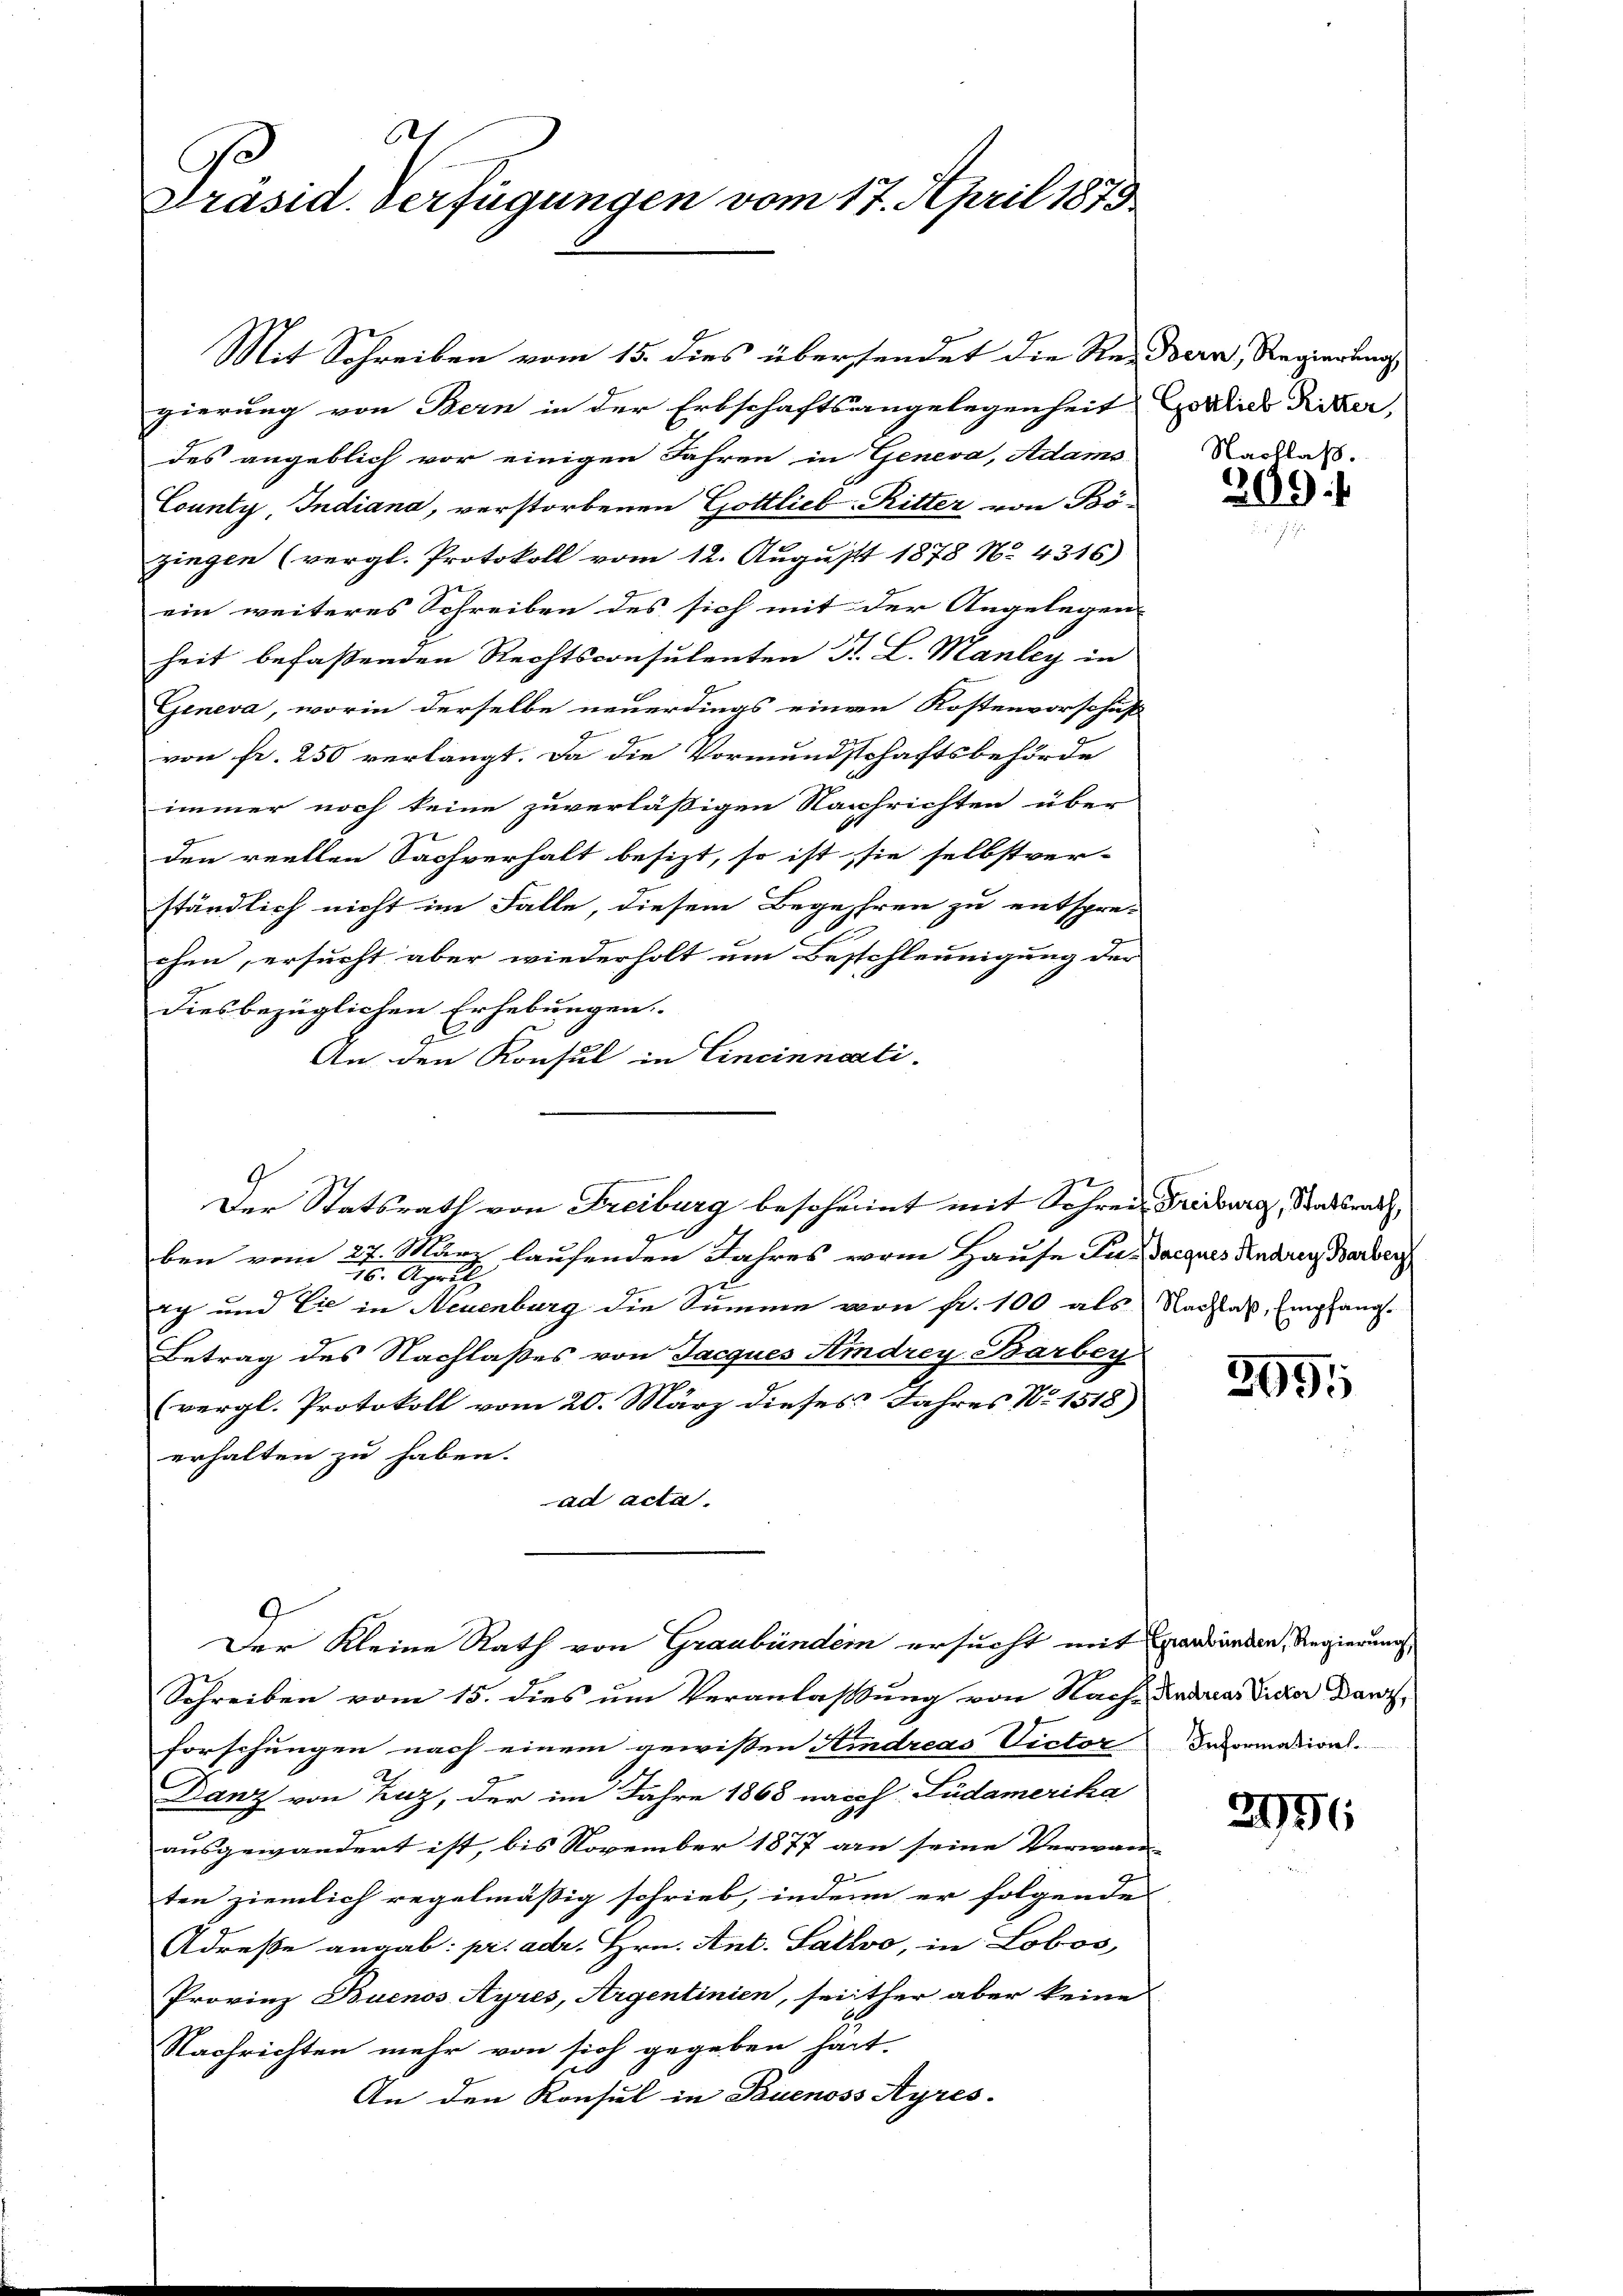
1
Ge
Präsid. Verfügungen vom 17. April 1873

Mit Schreiben vom 15. dies übersendet die Reisern, Regierungs
gierung von Bern in der Erbschaftsangelegenheit Gorlieb Riker,
des angeblich vor einigen Jahren in Geneva, Adams
County, Indiana, verstorbenen Gottlieb Ritter von Bö-
zingen (vergl. Protokoll vom 12. August 1878 No. 4316)
ein weiteres Schreiben des sich mit der Angelegen-
heit befaßenden Rechtsconsulenten J. L. Manley in
Geneva, worin derselbe neuerdings einen Kostenvorschuß
von fr. 250 verlangt. Da die Vormundschaftsbehörde
immer noch keine zuverläßigen Nachrichten über
den reellen Sachverhalt besizt, so ist sie selbstver-
ständlich nicht im Falle, diesem Begehren zu entspre-
chen, ersucht aber wiederholt um Beschleunigung der
dies bezüglichen Erhebungen.
An den Konsul in Cincinnati
ben vom 27. März laufenden Jahres vom Hause Pu. Jacques Andren Barbei
16. April
ag und Sie in Neuenburg die Summe von fr. 100 als Nachlaß, Empfang.
Betrag des Nachlaßes von Jacques Amdrey Barbey
(vergl. Protokoll vom 20. März dieses Jahres No. 1518)
erhalten zu haben.
ad acta.
Der Kleine Rath von Graubündem ersucht mit Marbunden, Regierungs
Schreiben vom 15. dies um Veranlaßung von Nach das das die Dars
forschungen nach einem gewissen Kindreas Victor Decormation.
Danz von Zuz, der im Jahre 1868 nach Lüdamerika
ausgewandert ist, bis November 1877 an seine Verwan
7
ten ziemlich regelmäßig schrieb, indem er folgende
Adresse angab: pr. adr. Hrn. Ant. Salivo, in Lobos,
Provinz Buenos Ayres, Argentinien, seither aber keine
Nachrichten mehr von sich gegeben hat.
An den Konsul in Tuenoss Ayres.

Der Statsrath von Freiburg bescheint mit Schrei Freiburg, Staatsrath,

Nachlaß.
209

3995

2956